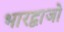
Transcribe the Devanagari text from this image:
भारद्वाजो